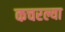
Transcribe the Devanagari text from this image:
कचरल्या